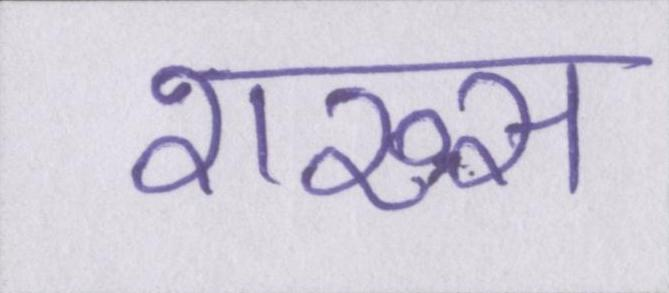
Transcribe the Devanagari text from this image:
शख्स